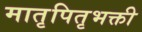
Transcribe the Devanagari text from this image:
मातृपितृभक्ती